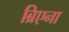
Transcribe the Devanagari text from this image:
ब्रिएना